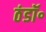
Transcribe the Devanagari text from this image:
ठंडॉ॰